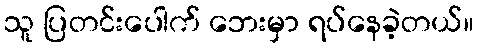
သူ ပြတင်းပေါက် ဘေးမှာ ရပ်နေခဲ့တယ်။